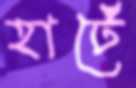
হার্টে